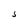
Character: S